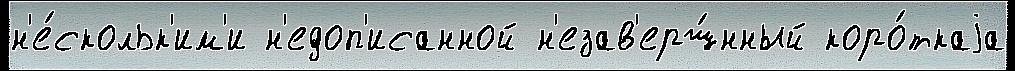
н'е́скольк'им'и н'едоп'исанной н'езав'ерш́нный коро́ткаjа